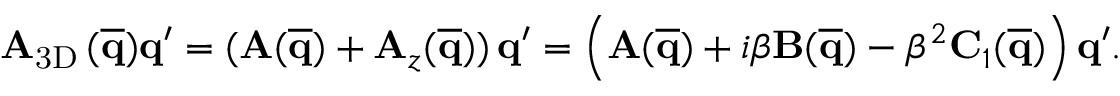
\mathbf { A } _ { \mathrm { 3 D } } \, ( \mathbf { \overline { { q } } } ) \mathbf { q } ^ { \prime } = ( \mathbf { A } ( \mathbf { \overline { { q } } } ) + \mathbf { A } _ { z } ( \mathbf { \overline { { q } } } ) ) \, \mathbf { q } ^ { \prime } = \left( \mathbf { A } ( \mathbf { \overline { { q } } } ) + i \beta \mathbf { B } ( \mathbf { \overline { { q } } } ) - \beta ^ { 2 } \mathbf { C } _ { 1 } ( \mathbf { \overline { { q } } } ) \right) \mathbf { q } ^ { \prime } .